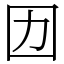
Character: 㘞